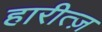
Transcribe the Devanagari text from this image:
हारीत्ज़